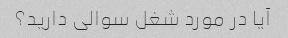
آیا در مورد شغل سوالی دارید؟